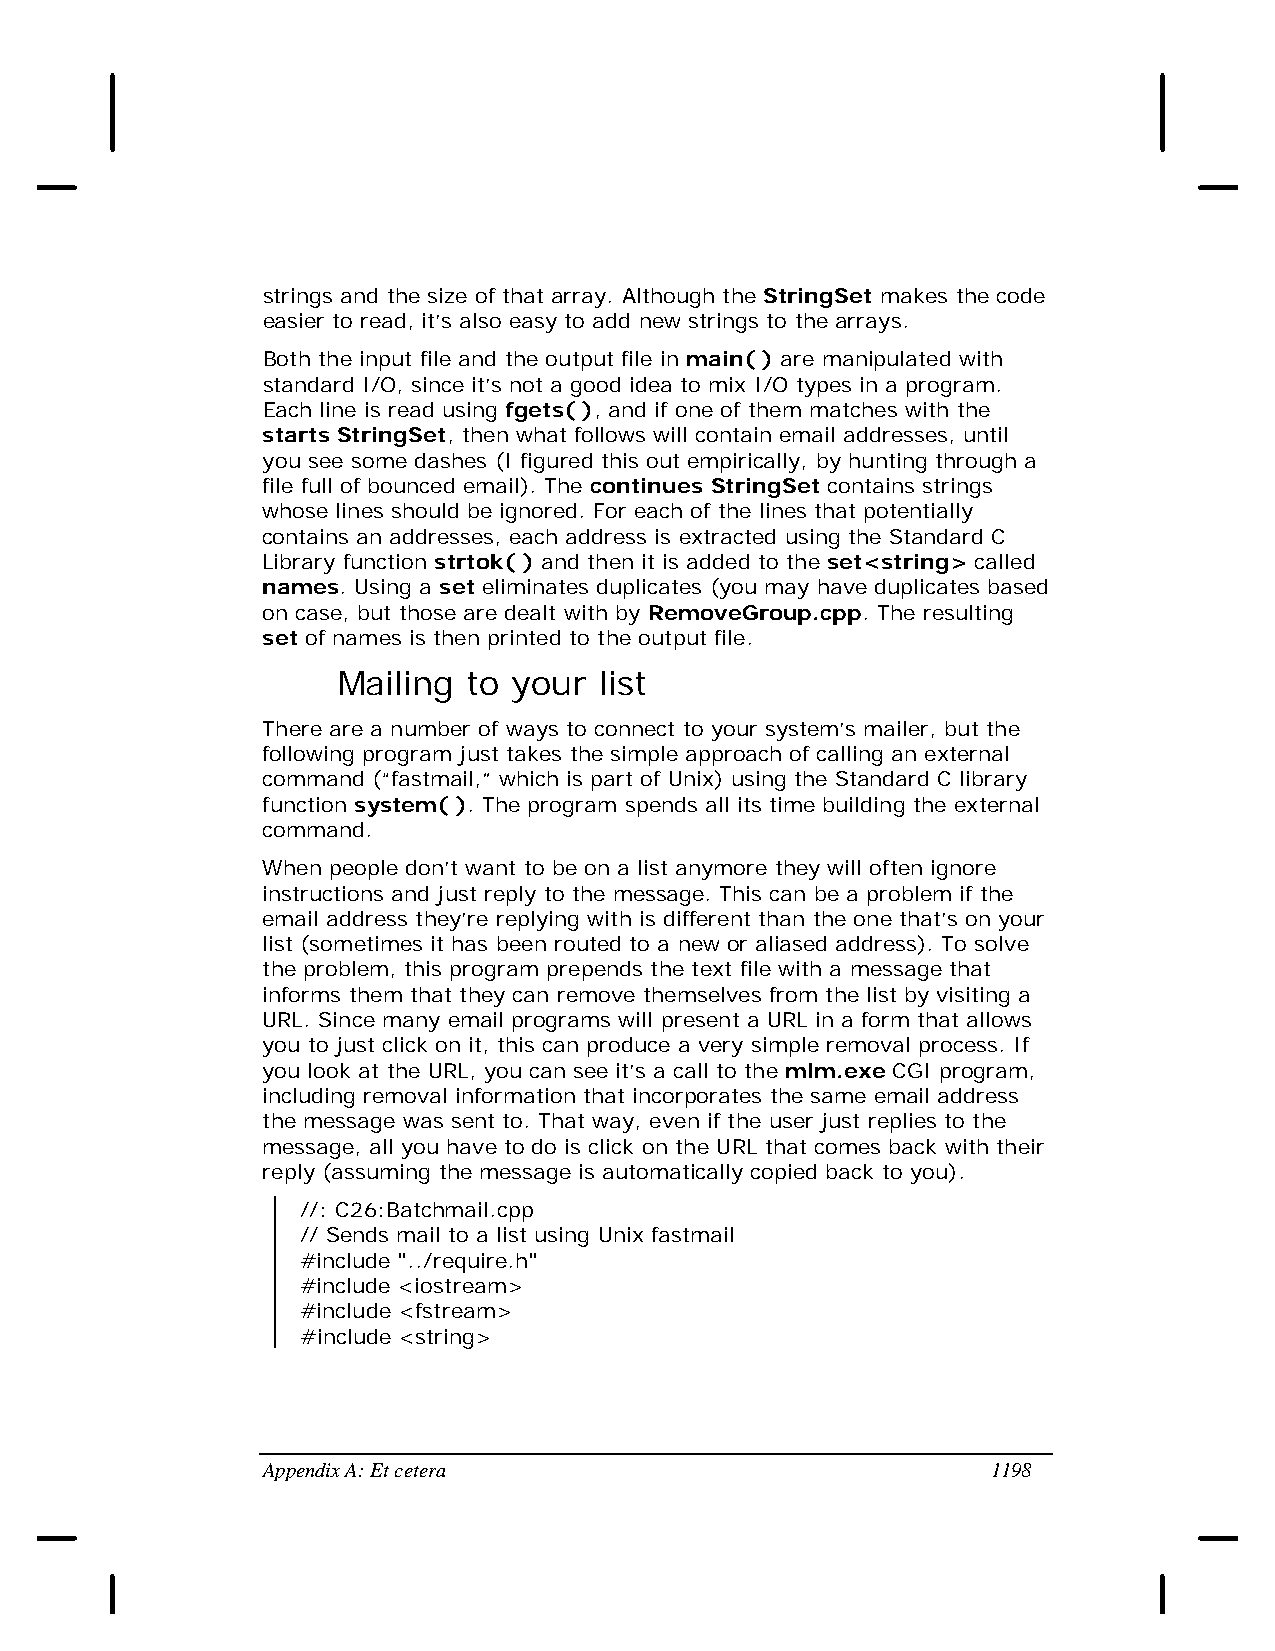
strings and the size of that array. Although the StringSet makes the code
 easier to read, it’s also easy to add new strings to the arrays.
 Both the input file and the output file in main( ) are manipulated with
 standard I/O, since it’s not a good idea to mix I/O types in a program.
 Each line is read using fgets( ), and if one of them matches with the
 starts StringSet, then what follows will contain email addresses, until
 you see some dashes (I figured this out empirically, by hunting through a
 file full of bounced email). The continues StringSet contains strings
 whose lines should be ignored. For each of the lines that potentially
 contains an addresses, each address is extracted using the Standard C
 Library function strtok( ) and then it is added to the set<string> called
 names. Using a set eliminates duplicates (you may have duplicates based
 on case, but those are dealt with by RemoveGroup.cpp. The resulting
 set of names is then printed to the output file.
 Mailing  to your  list
 There are a number of ways to connect to your system’s mailer, but the
 following program just takes the simple approach of calling an external
 command (“fastmail,” which is part of Unix) using the Standard C library
 function system( ). The program spends all its time building the external
 command.
 When people don’t want to be on a list anymore they will often ignore
 instructions and just reply to the message. This can be a problem if the
 email address they’re replying with is different than the one that’s on your
 list (sometimes it has been routed to a new or aliased address). To solve
 the problem, this program prepends the text file with a message that
 informs them that they can remove themselves from the list by visiting a
 URL. Since many email programs will present a URL in a form that allows
 you to just click on it, this can produce a very simple removal process. If
 you look at the URL, you can see it’s a call to the mlm.exe CGI program,
 including removal information that incorporates the same email address
 the message was sent to. That way, even if the user just replies to the
 message, all you have to do is click on the URL that comes back with their
 reply (assuming the message is automatically copied back to you).
 //: C26:Batchmail.cpp
 // Sends mail to a list using Unix fastmail
 #include "../require.h"
 #include <iostream>
 #include <fstream>
 #include <string>
 Appendix A: Et cetera                            1198